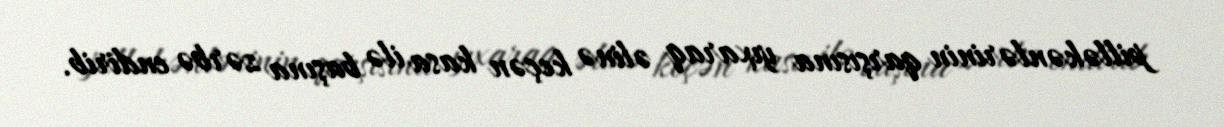
pilləkənlərinin qarşısına yıxaraq əlinə keçən kasa ilə başına zərbə endirib.